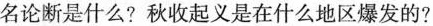
名论断是什么?秋收起义是在什么地区爆发的?